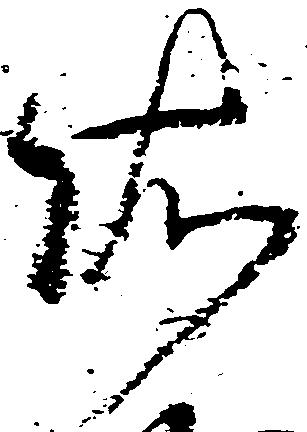
依